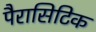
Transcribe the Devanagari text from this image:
पैरासिटिक